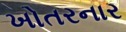
ખોતરનાર